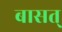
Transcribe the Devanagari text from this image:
बासत्